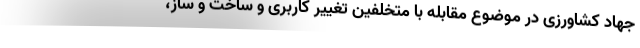
جهاد کشاورزی در موضوع مقابله با متخلفین تغییر کاربری و ساخت و ساز،